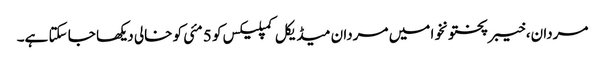
مردان، خیبرپختونخوا میں مردان میڈیکل کمپلیکس کو 5 مئی کو خالی دیکھا جا سکتا ہے۔